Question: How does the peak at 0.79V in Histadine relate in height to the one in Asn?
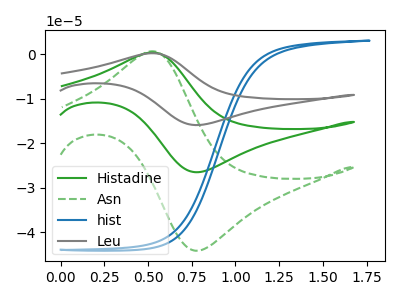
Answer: <think>The green curve "Histadine" has an anodic peak at (0.55V, 0.40uA) and a cathodic peak at (0.80V, -26.50uA). The green dashed curve "Asn" has an anodic peak at (0.55V, 0.70uA) and a cathodic peak at (0.80V, -44.15uA). The blue curve "hist" has no peaks. The gray curve "Leu" has an anodic peak at (0.55V, 0.85uA) and a cathodic peak at (0.80V, -53.00uA).</think>
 <answer>The peak at 0.79V is lower in "Histadine" than in "Asn".</answer>
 <eval>lower</eval>